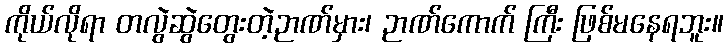
ကိုယ်လိုရာ တလွဲဆွဲတွေးတဲ့ဉာဏ်မှား၊ ဉာဏ်ကောက် ကြီး ဖြစ်မနေရဘူး။